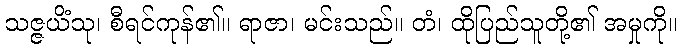
သဇ္ဇယိံသု၊ စီရင်ကုန်၏။ ရာဇာ၊ မင်းသည်။ တံ၊ ထိုပြည်သူတို့၏ အမှုကို။